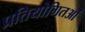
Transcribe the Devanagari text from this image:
प्रतियोगितओं